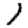
Digit: 1